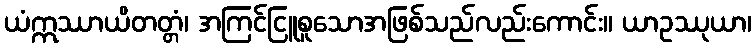
ယံဣဿာယိတတ္တံ၊ အကြင်ငြူစူသောအဖြစ်သည်လည်းကောင်း။ ယာဥဿုယာ၊